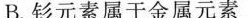
B.钐元素属于金属元素